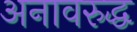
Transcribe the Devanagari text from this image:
अनावरुद्ध